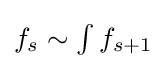
{\textstyle f_{s}\sim \int f_{s+1}}